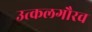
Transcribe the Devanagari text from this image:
उत्कलगौरव